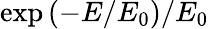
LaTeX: \exp\left(-E/E_{0}\right)/E_{0}